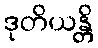
ဒုတိယန္တိ